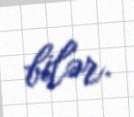
bilər.